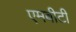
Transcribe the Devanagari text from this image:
एमबीटी